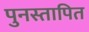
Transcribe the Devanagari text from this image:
पुनस्तापित